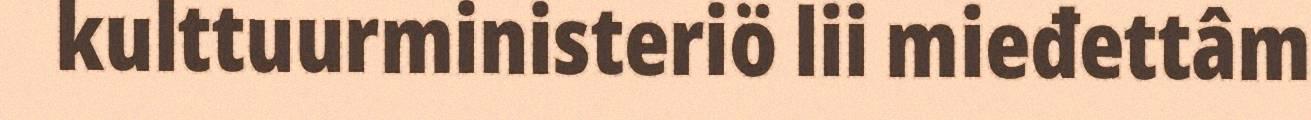
kulttuurministeriö lii mieđettâm